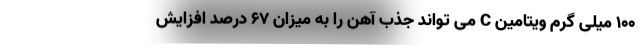
100 میلی گرم ویتامین C می تواند جذب آهن را به میزان 67 درصد افزایش